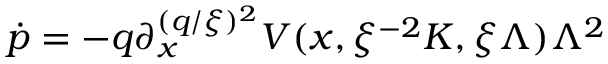
\dot { p } = - q { \textstyle \partial _ { x } ^ { ( q / \xi ) ^ { 2 } } } V ( x , \xi ^ { - 2 } K , \xi { \mit \Lambda } ) { \mit \Lambda } ^ { 2 }